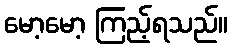
မော့မော့ ကြည့်ရသည်။